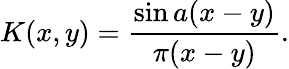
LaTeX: K(x,y)={\frac{\sin a(x-y)}{\pi(x-y)}}.